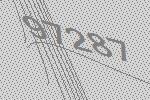
97287